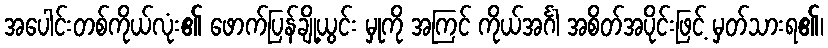
အပေါင်းတစ်ကိုယ်လုံး၏ ဖောက်ပြန်ချို့ယွင်း မှုကို အကြင် ကိုယ်အင်္ဂါ အစိတ်အပိုင်းဖြင့် မှတ်သားရ၏၊